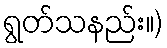
ရွတ်သနည်း။)